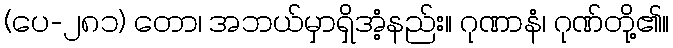
(ပေ-၂၈၁) တော၊ အဘယ်မှာရှိအံ့နည်း။ ဂုဏာနံ၊ ဂုဏ်တို့၏။